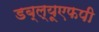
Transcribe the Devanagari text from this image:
डब्ल्यूएफपी